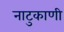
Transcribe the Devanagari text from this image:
नाटुकाणी